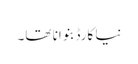
نیا کارڈ بنوانا تھا۔